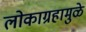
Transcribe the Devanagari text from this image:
लोकाग्रहामुळे